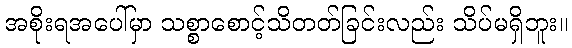
အစိုးရအပေါ်မှာ သစ္စာစောင့်သိတတ်ခြင်းလည်း သိပ်မရှိဘူး။